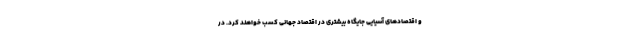
و اقتصادهای آسیایی جایگاه بیشتری در اقتصاد جهانی کسب خواهند کرد. در